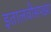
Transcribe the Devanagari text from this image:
इतालवीसमझा